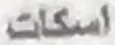
اسكات